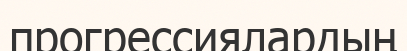
прогрессиялардың